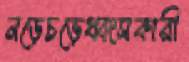
নড়েচড়েধ্বংসকারী